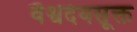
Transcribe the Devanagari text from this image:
वैश्वदेवसूक्त